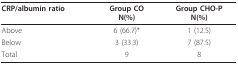
| CRP/albumin ratio | Group CON(%) | Group CHO-PN(%) |
 | --- | --- | --- |
 | Above | 6 (66.7)* | 1 (12.5) |
 | Below | 3 (33.3) | 7 (87.5) |
 | Total | 9 | 8 |